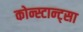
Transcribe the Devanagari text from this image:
कोन्स्टान्ट्सा